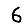
Digit: 6